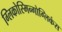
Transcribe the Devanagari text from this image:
ग्लिकोस्मिन्गोग्लिकंस